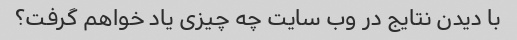
با دیدن نتایج در وب سایت چه چیزی یاد خواهم گرفت؟